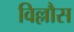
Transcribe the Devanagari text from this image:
विल्लौस